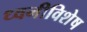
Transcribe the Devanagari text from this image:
ध्वनीविशेष